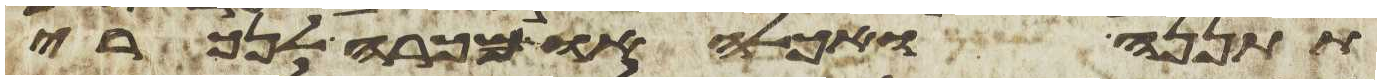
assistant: תתננה ואכלה או מכרה לנכרי